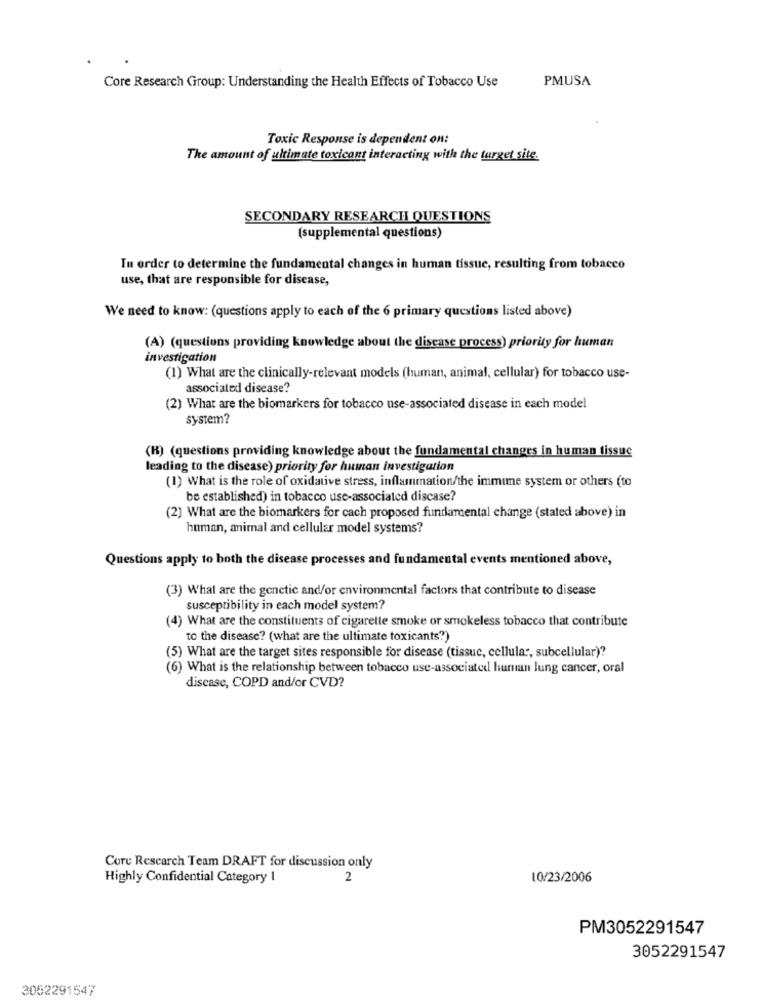
PMUSA
Core Research Group: Understanding the Health Effects of Tobacco Use
Toxic Response is dependent on:
The amount of ultimate toxicant interacting with the target site.
SECONDARY RESEARCH QUESTIONS
(supplemental questions)
In order to determine the fundamental changes in human tissue, resulting from tobacco
use, that are responsible for disease,
We need to know: (questions apply to each of the 6 primary questions listed above)
(A) (questions providing knowledge about the disease process) priority for human
investigation
(1) What are the clinically-relevant models (human, animal, cellular) for tobacco use-
associated disease?
(2) What are the biomarkers for tobacco use-associated disease in each model
system?
(B) (questions providing knowledge about the fundamental changes in human tissuc
leading to the disease) priority for human investigation
(1) What is the role of oxidative stress, inflammation/the immune system or others (to
be established) in tobacco use-associated discase?
(2) What are the biomarkers for cach proposed fundamental change (stated above) in
human, animal and cellular model systems?
Questions apply to both the disease processes and fundamental events mentioned above,
(3) What are the genetic and/or environmental factors that contribute to disease
susceptibility in each model system?
(4) What are the constituents of cigarette smoke or smokeless tobacco that contribute
to the disease? (what are the ultimate toxicants?)
(5) What are the target sites responsible for disease (tissuc, cellular, subcellular)?
(6) What is the relationship between tobacco use-associated human lung cancer, oral
disease, COPD and/or CVD?
Core Rescarch Team DRAFT for discussion only
Highly Confidential Category 1
2
10/23/2006
PM3052291547
3052291547
3052291547